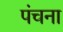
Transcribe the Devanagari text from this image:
पंचना